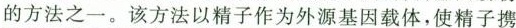
的方法之一。该方法以精子作为外源基因载体，使精子携